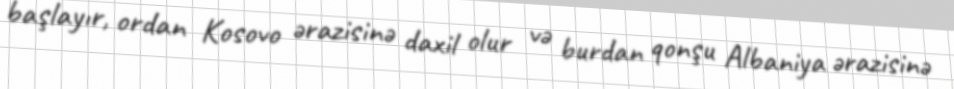
başlayır, ordan Kosovo ərazisinə daxil olur və burdan qonşu Albaniya ərazisinə